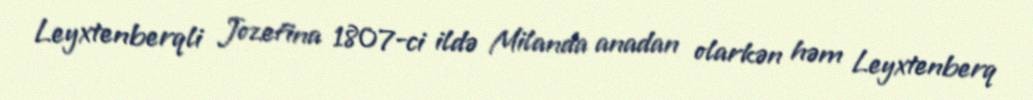
Leyxtenberqli Jozefina 1807-ci ildə Milanda anadan olarkən həm Leyxtenberq